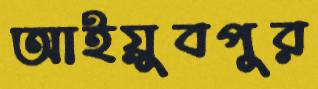
আইয়ুবপুর